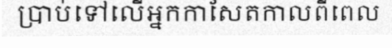
ប្រាប់ទៅលើអ្នកកាសែតកាលពីពេល